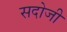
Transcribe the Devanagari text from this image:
सदोजी